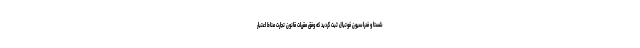
شستا و فدراسیون فوتبال ثبت گردید که وفق مقررات قانون تجارت مناط اعتبار